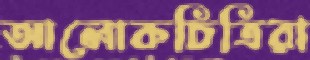
আলোকচিত্রিরা